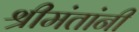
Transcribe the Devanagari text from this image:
श्रीमंतांनी